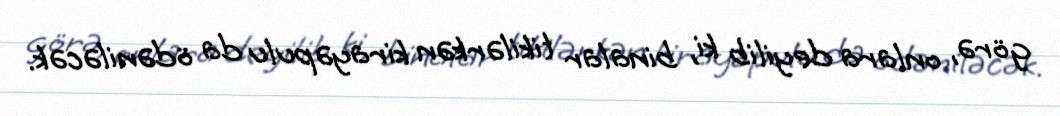
görə, onlara deyilib ki, binalar tikilərkən kirayəpulu da ödəniləcək.